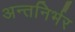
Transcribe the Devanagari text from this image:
अन्तनिर्भर